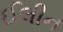
ઈલીન